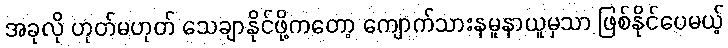
အခုလို ဟုတ်မဟုတ် သေချာနိုင်ဖို့ကတော့ ကျောက်သားနမူနာယူမှသာ ဖြစ်နိုင်ပေမယ့်